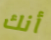
أنك